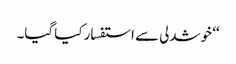
‘‘ خوشدلی سے استفسار کیا گیا۔